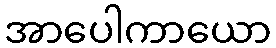
အာပေါကာယော